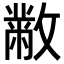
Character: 𣀅